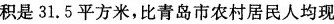
积是31.5平方米，比青岛市农村居民人均现